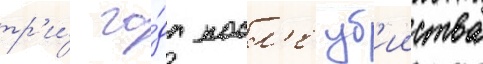
тр'и́ го́да посл'е уб'ииства